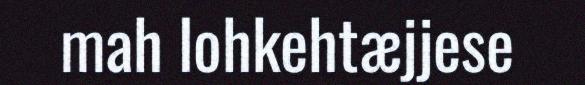
mah lohkehtæjjese